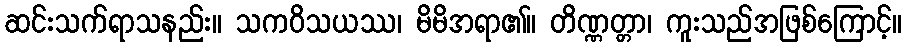
ဆင်းသက်ရာသနည်း။ သကဝိသယဿ၊ မိမိအရာ၏။ တိဏ္ဏတ္တာ၊ ကူးသည်အဖြစ်ကြောင့်။